Annual report on the lock hospitals of the Madras Presidency
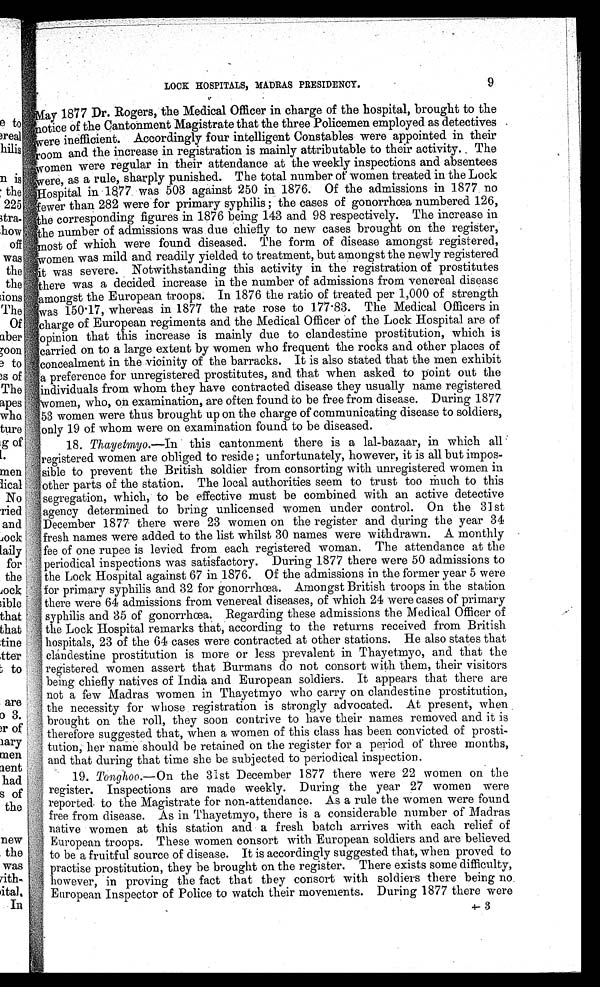
LOCK HOSPITALS, MADRAS PRESIDENCY.
9
l
M ay 1877 Dr. Rogers, the Medical Officer in charge of the hospital, brought to the
6otice of the Cantonment Magistrate that the three Policemen employed as detectives
were inefficient. Accordingly four intelligent Constables were appointed in their
room and the increase in registration is mainly attributable to their activity.. The
women were regular in their attendance at the weekly inspections and absentees
were, as a rule, sharply punished. The total number of women treated in the Lock
Hospitals in 1877 was 503 against 250 in 1876. Of the admissions in 1877 no
fewer than 282 were for primary syphilis ; the cases of gonorrhoea numbered 126,
the corresponding figures in 1876 being 143 and 98 respectively. The increase in
the number of admissions was due chiefly to new cases brought on the register,
ost of which were found diseased. The form of disease amongst registered,
' omen was mild and readily yielded to treatment, but amongst the newly registered
it was severe. Notwithstanding this activity in the registration of prostitutes
there was a decided increase in the number of admissions from venereal disease
:amongst the European troops. In 1876 the ratio of treated per 1,000 of strength
was 150 . 17, whereas in 1877 the rate rose to 177 . 83. The Medical Officers in
charge of European regiments and the Medical Officer of the Lock Hospital are of
opinion that this increase is mainly due to clandestine prostitution, which is
carried on to a large extent by women who frequent the rocks and other places of
concealment in the vicinity of the barracks. It is also stated that the men exhibit
a preference for unregistered prostitutes, and that when asked to point out the
individuals from whom they have contracted disease they usually name registered
'women, who, on examination, are often found to be free from disease. During 1877
53 women were thus brought up on the charge of communicating disease to soldiers,
only 19 of whom were on examination found to be diseased.
18. Thayetmyo.--In this cantonment there is a lal-bazaar, in which all
registered women are obliged to reside ; unfortunately, however, it is all but impos-
sible to prevent the British soldier from consorting with unregistered women in
other parts of the station. The local authorities seem to trust too much to this
segregation, which, to be effective must be combined with an active detective
agency determined to bring unlicensed women under control. On the 31 st
December 1877 there were 23 women on the register and during the year 34
fresh names were added to the list whilst 30 names were withdrawn. A monthly
Me of one rupee is levied from each
registered woman. The attendance at the
periodical inspections was satisfactory. During 1877 there were 50 admissions to
the Lock Hospital against 67 in 1876. Of the admissions in the former year 5 were
for primary syphilis and 32 for gonorrhoea. Amongst British troops in the station
there were 64 admissions from venereal diseases, of which 24 were cases of primary
syphilis and 35 of gonorrhœa. Regarding these admissions the Medical Officer of
the Lock Hospital remarks that, according to the returns received from British
hospitals, 23 of the 64 cases were contracted at other stations. He also states that
: clandestine prostitution is more or less prevalent in Thayetmyo, and that the
registered women assert that Burmans do not consort with them, their visitors
being chiefly natives of India and European soldiers. It appears that there are
not a few Madras women in Thayetmyo who carry on clandestine prostitution,
the necessity for whose registration is strongly advocated. At present, when
brought on the roll, they soon contrive to have their names removed and it is
therefore suggested that, when a women of this class has been convicted of prosti-
tution, her name should be retained on the register for a period of three mouths,
and that during that time she be subjected to periodical inspection.
19. Tonghoo.—On the 31st December 1877 there were 22 women on the
register. Inspections are made weekly. During the year 27 women were
reported. to the Magistrate for non-attendance. As a rule the women were found
free from disease. As in Thayetmyo, there is a considerable number of Madras
native women at this station and a fresh batch arrives with each relief of
European troops. These women consort with European soldiers and are believed
[ to be a fruitful source of disease. It is accordingly suggested that, when proved to
practise prostitution, they be brought on the register. There exists some difficulty,
however, in proving the fact that they consort with soldiers there being no.
European Inspector of Police to watch their movements. During 1877 there were
+- 3
,